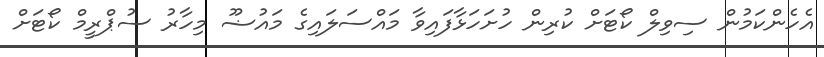
އެހެންކަމުން ސިވިލް ކޯޓަށް ކުރިން ހުށަހަޅާފައިވާ މައްސަލައިގެ މައުޟޫ މިހާރު ސުޕްރީމް ކޯޓަށް